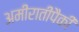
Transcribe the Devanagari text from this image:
अमीरातींपैकी